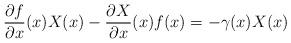
LaTeX: \begin{align*}\frac{\partial f}{\partial x}(x)X(x) - \frac{\partial X}{\partial x}(x)f(x) = - \gamma (x) X(x)\end{align*}